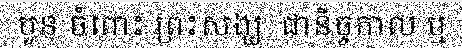
បួន ចំពោះ ព្រះសង្ឃ  ជានិច្ចកាល ឬ